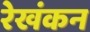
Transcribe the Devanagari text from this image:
रेखंकन